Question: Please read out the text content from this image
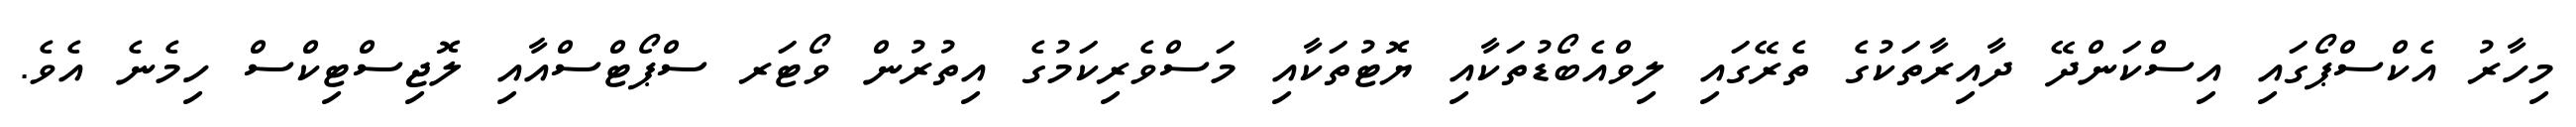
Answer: މިހާރު އެކްސްޕޯގައި އިސްކަންދޭ ދާއިރާތަކުގެ ތެރޭގައި ލިވްއެބޯޑުތަކާއި ޔޮޓުތަކާއި މަސްވެރިކަމުގެ އިތުރުން ވޯޓަރ ސްޕޯޓްސްއާއި ލޮޖިސްޓިކްސް ހިމެނެ އެވެ.